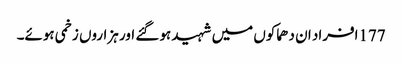
177افراد ان دھماکوں میں شہید ہو گئے اور ہزاروں زخمی ہوئے۔